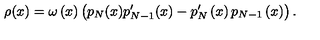
\rho ( x ) = \omega \left( x \right) \left( p _ { N } ( x ) p _ { N - 1 } ^ { \prime } ( x ) - p _ { N } ^ { \prime } \left( x \right) p _ { N - 1 } \left( x \right) \right) .